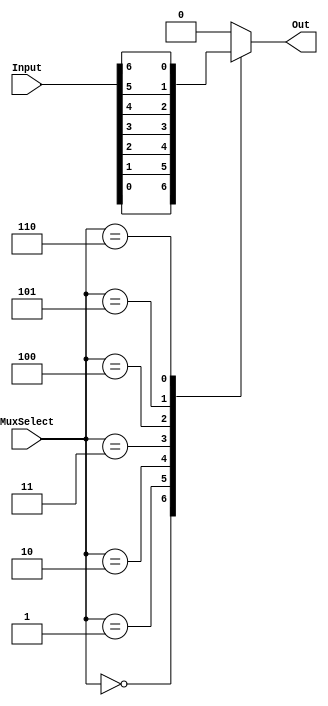
module part1(MuxSelect, Input, Out);
    input [6:0] Input;
    input [2:0] MuxSelect;
    output reg Out;
    
    always @ *
        begin
            case(MuxSelect[2:0])
                3'b000: Out = Input[0];
                3'b001: Out = Input[1];
                3'b010: Out = Input[2];
                3'b011: Out = Input[3];
                3'b100: Out = Input[4];
                3'b101: Out = Input[5];
                3'b110: Out = Input[6];
                default: Out = 0;
            endcase
        end
endmodule